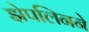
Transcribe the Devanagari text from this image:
झेपलिनने